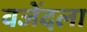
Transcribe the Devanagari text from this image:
वजेंदला